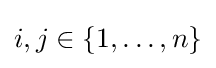
{\textstyle i,j\in \{1,\dots ,n\}}